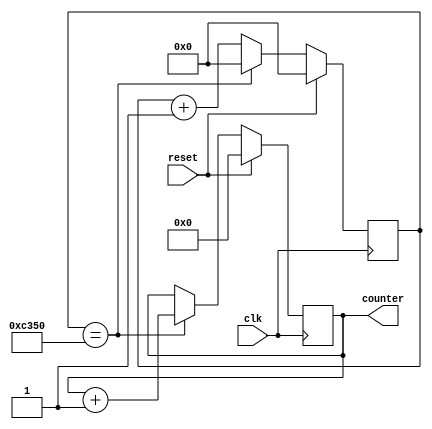
/* verilator lint_off UNUSED */
/* verilator lint_off UNDRIVEN */
/*!
 * Milliseconds counter component.
 * @class MyCounter
 * @create msCounter_create
 * @eval msCounter_eval
 */
module MillisCounter(
    input clk, //! Assumes a 50MHz
    input reset,
    output [31:0] counter
);

`ifdef verilator
import "DPI-C" function int millis ();
`endif

    reg [15:0] cycle_count; // CPU cycle counter
    reg [31:0] ms_count;    // Millisecond counter

    assign counter = ms_count;

`ifdef verilator
    always @ (posedge clk)
        ms_count <= $c("millis()");
`else
    always @ (posedge clk) begin
        if (reset) begin
            cycle_count <= 16'h0;
            ms_count <= 32'h0;
        end
        else begin
            cycle_count <= cycle_count + 1'b1;
            if (cycle_count == 16'd50000)
            begin
                ms_count <= ms_count + 1;
                cycle_count <= 'h0;
            end
        end
    end
`endif

endmodule